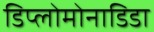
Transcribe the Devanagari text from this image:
डिप्लोमोनाडिडा